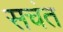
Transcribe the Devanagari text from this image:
सचंत